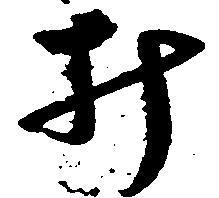
み